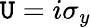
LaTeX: \mathtt{U}=i\sigma_{y}